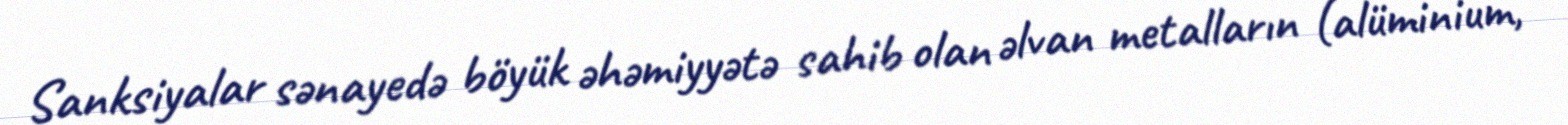
Sanksiyalar sənayedə böyük əhəmiyyətə sahib olan əlvan metalların (alüminium,